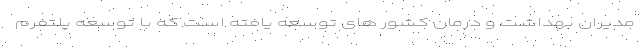
مدیران بهداشت و درمان کشور های توسعه یافته است که با توسعه پلتفرم